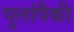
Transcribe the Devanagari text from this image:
पुलांपैकी